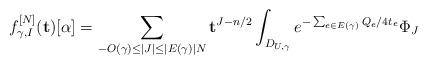
LaTeX: \begin{align*} f_{\gamma, I}^{[N]}(\mathbf{t})[\alpha] = \sum_{-O(\gamma) \leq |J| \leq |E(\gamma)|N } \mathbf{t}^{J - n/2}\int_{D_{U, \gamma}} e^{-\sum_{e \in E(\gamma)} Q^{}_e/4 t_e} \Phi_J\end{align*}